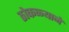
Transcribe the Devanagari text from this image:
ठोकळ्याने